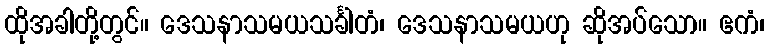
ထိုအခါတို့တွင်။ ဒေသနာသမယသင်္ခါတံ၊ ဒေသနာသမယဟု ဆိုအပ်သော။ ဧကံ၊